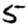
Digit: 5